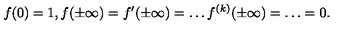
f ( 0 ) = 1 , f ( \pm \infty ) = f ^ { \prime } ( \pm \infty ) = \ldots f ^ { ( k ) } ( \pm \infty ) = \ldots = 0 .